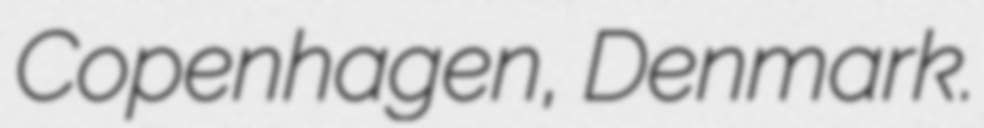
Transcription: Copenhagen, Denmark.